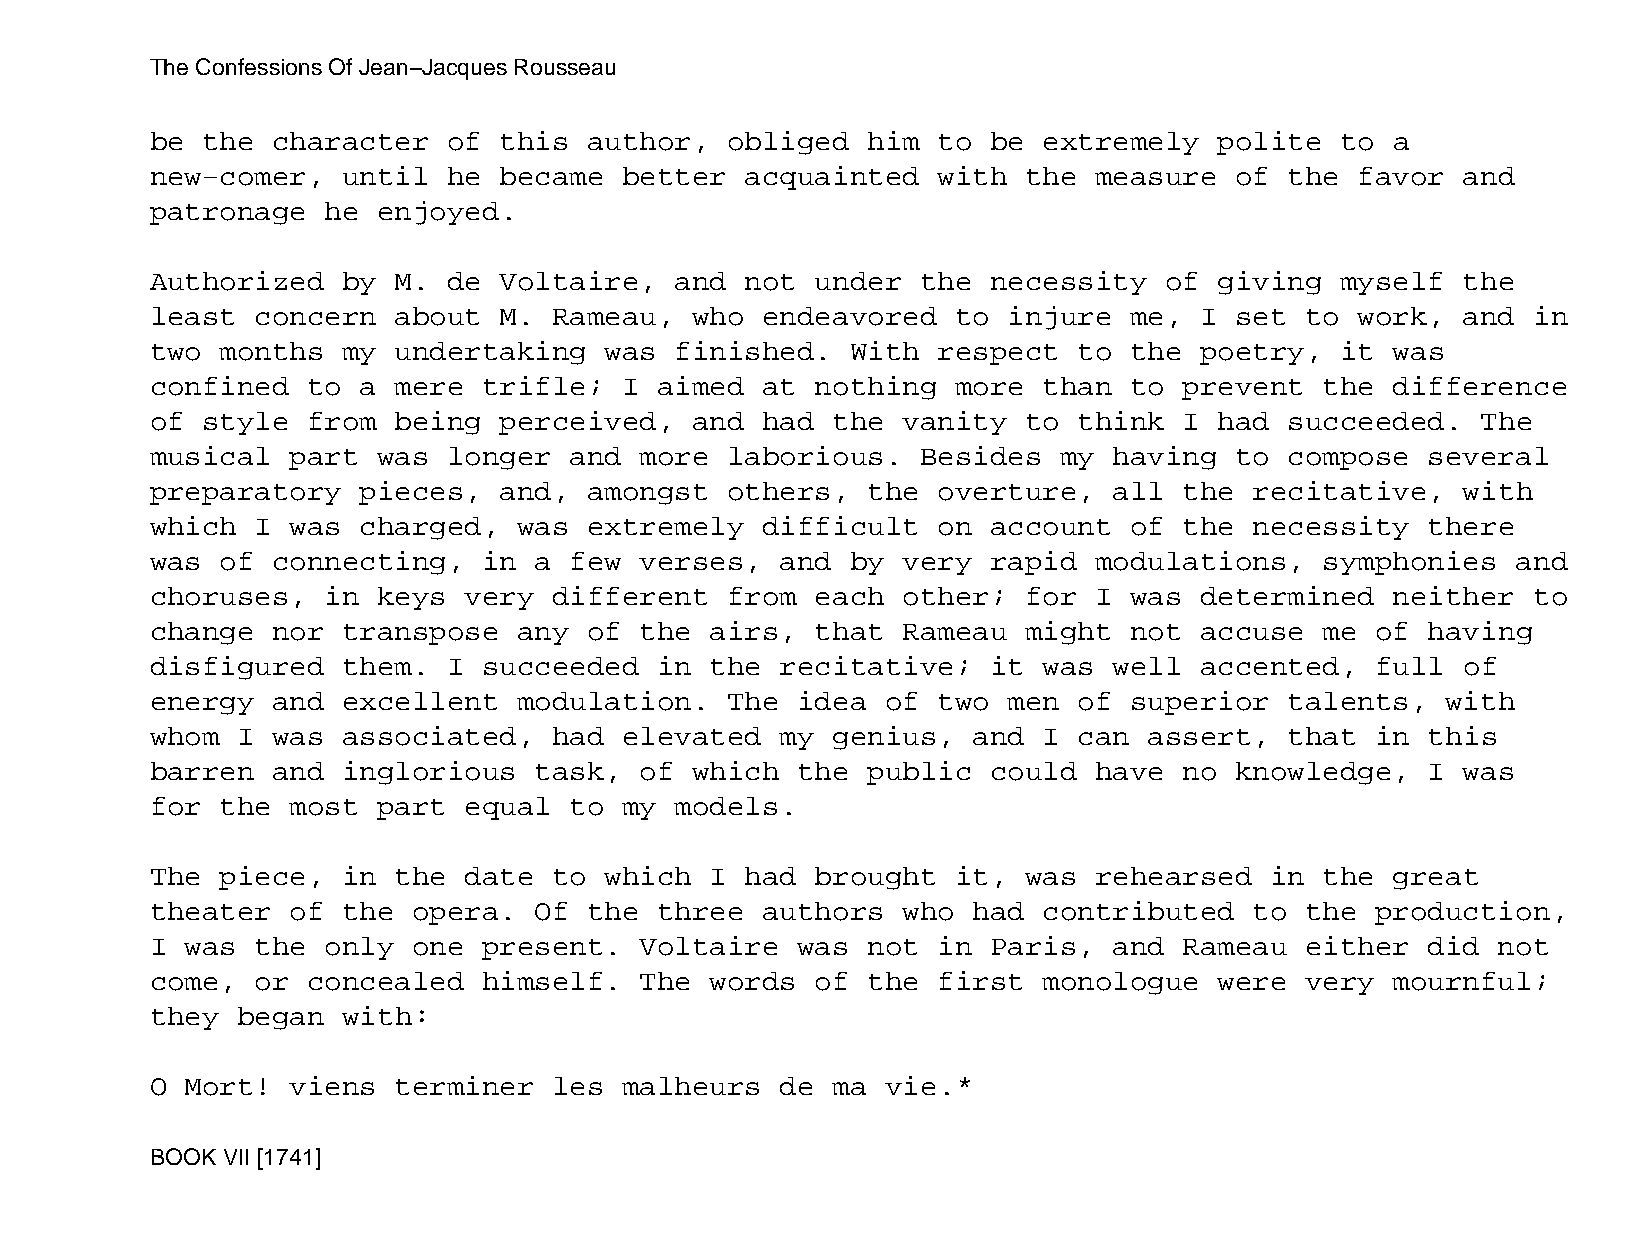
The Confessions Of Jean−Jacques Rousseau
 be the  character   of this  author,  obliged  him  to  be extremely   polite  to a
 new−comer,   until  he became  better  acquainted   with  the measure   of the  favor  and
 patronage   he enjoyed.
 Authorized   by M.  de Voltaire,   and not  under  the  necessity  of  giving  myself  the
 least  concern  about  M.  Rameau,  who endeavored   to  injure  me, I  set to  work,  and in
 two  months  my undertaking   was  finished.  With  respect  to  the poetry,   it was
 confined  to  a mere  trifle;  I  aimed at  nothing  more  than  to prevent   the difference
 of style  from  being  perceived,   and had  the  vanity  to think  I  had succeeded.   The
 musical  part  was  longer  and more  laborious.   Besides  my  having  to compose   several
 preparatory   pieces,  and,  amongst  others,  the  overture,   all the  recitative,   with
 which  I was  charged,  was  extremely  difficult   on  account  of the  necessity   there
 was  of connecting,   in a  few verses,   and by  very  rapid modulations,    symphonies  and
 choruses,   in keys  very  different  from  each  other;  for I  was determined   neither  to
 change  nor  transpose  any  of the  airs,  that  Rameau  might  not accuse   me of  having
 disfigured   them.  I succeeded   in the  recitative;   it was  well accented,   full  of
 energy  and  excellent  modulation.   The  idea  of two  men of  superior  talents,   with
 whom  I was  associated,   had elevated   my genius,  and  I can  assert,  that  in  this
 barren  and  inglorious  task,  of  which  the public   could have  no  knowledge,   I was
 for  the most  part  equal  to my  models.
 The  piece,  in the  date  to which  I had  brought  it,  was rehearsed   in  the great
 theater  of  the opera.  Of  the  three authors   who had  contributed   to the  production,
 I was  the  only one  present.  Voltaire   was not  in  Paris,  and Rameau  either   did not
 come,  or concealed   himself.  The  words  of the  first  monologue   were very  mournful;
 they  began  with:
 O Mort!  viens  terminer   les malheurs   de ma  vie.*
 BOOK VII [1741]